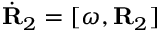
\dot { \bf R } _ { 2 } = [ \boldsymbol { \omega } , { \bf R } _ { 2 } ]